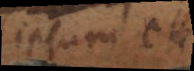
ipsa, et